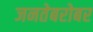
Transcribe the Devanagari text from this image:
जनतेबरोबर